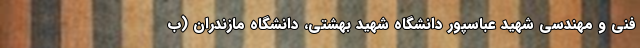
فنی و مهندسی شهید عباسپور دانشگاه شهید بهشتی، دانشگاه مازندران (ب